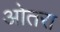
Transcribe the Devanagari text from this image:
ओतरा